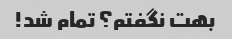
بهت نگفتم؟ تمام شد!